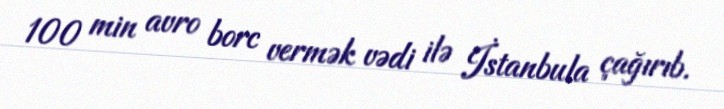
100 min avro borc vermək vədi ilə İstanbula çağırıb.